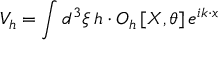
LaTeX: V _ { h } = \int d ^ { 3 } \xi \, h \cdot O _ { h } \left[ X , \theta \right] e ^ { i k \cdot x }